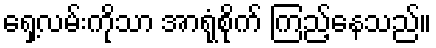
ရှေ့လမ်းကိုသာ အာရုံစိုက် ကြည့်နေသည်။